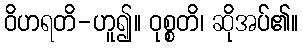
ဝိဟရတိ-ဟူ၍။ ဝုစ္စတိ၊ ဆိုအပ်၏။